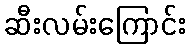
ဆီးလမ်းကြောင်း